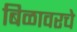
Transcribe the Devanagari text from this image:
बिळावरचे